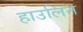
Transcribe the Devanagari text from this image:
हाउलिन